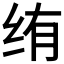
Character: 𬘠